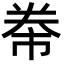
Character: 𭑖